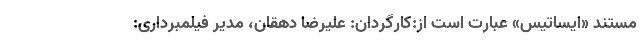
مستند «ایساتیس» عبارت است از:کارگردان: علیرضا دهقان، مدیر فیلمبرداری: